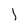
Character: 1